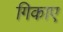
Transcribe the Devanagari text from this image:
गिकाए